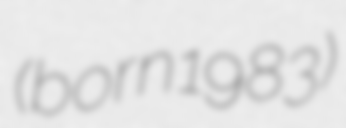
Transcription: (born 1983)